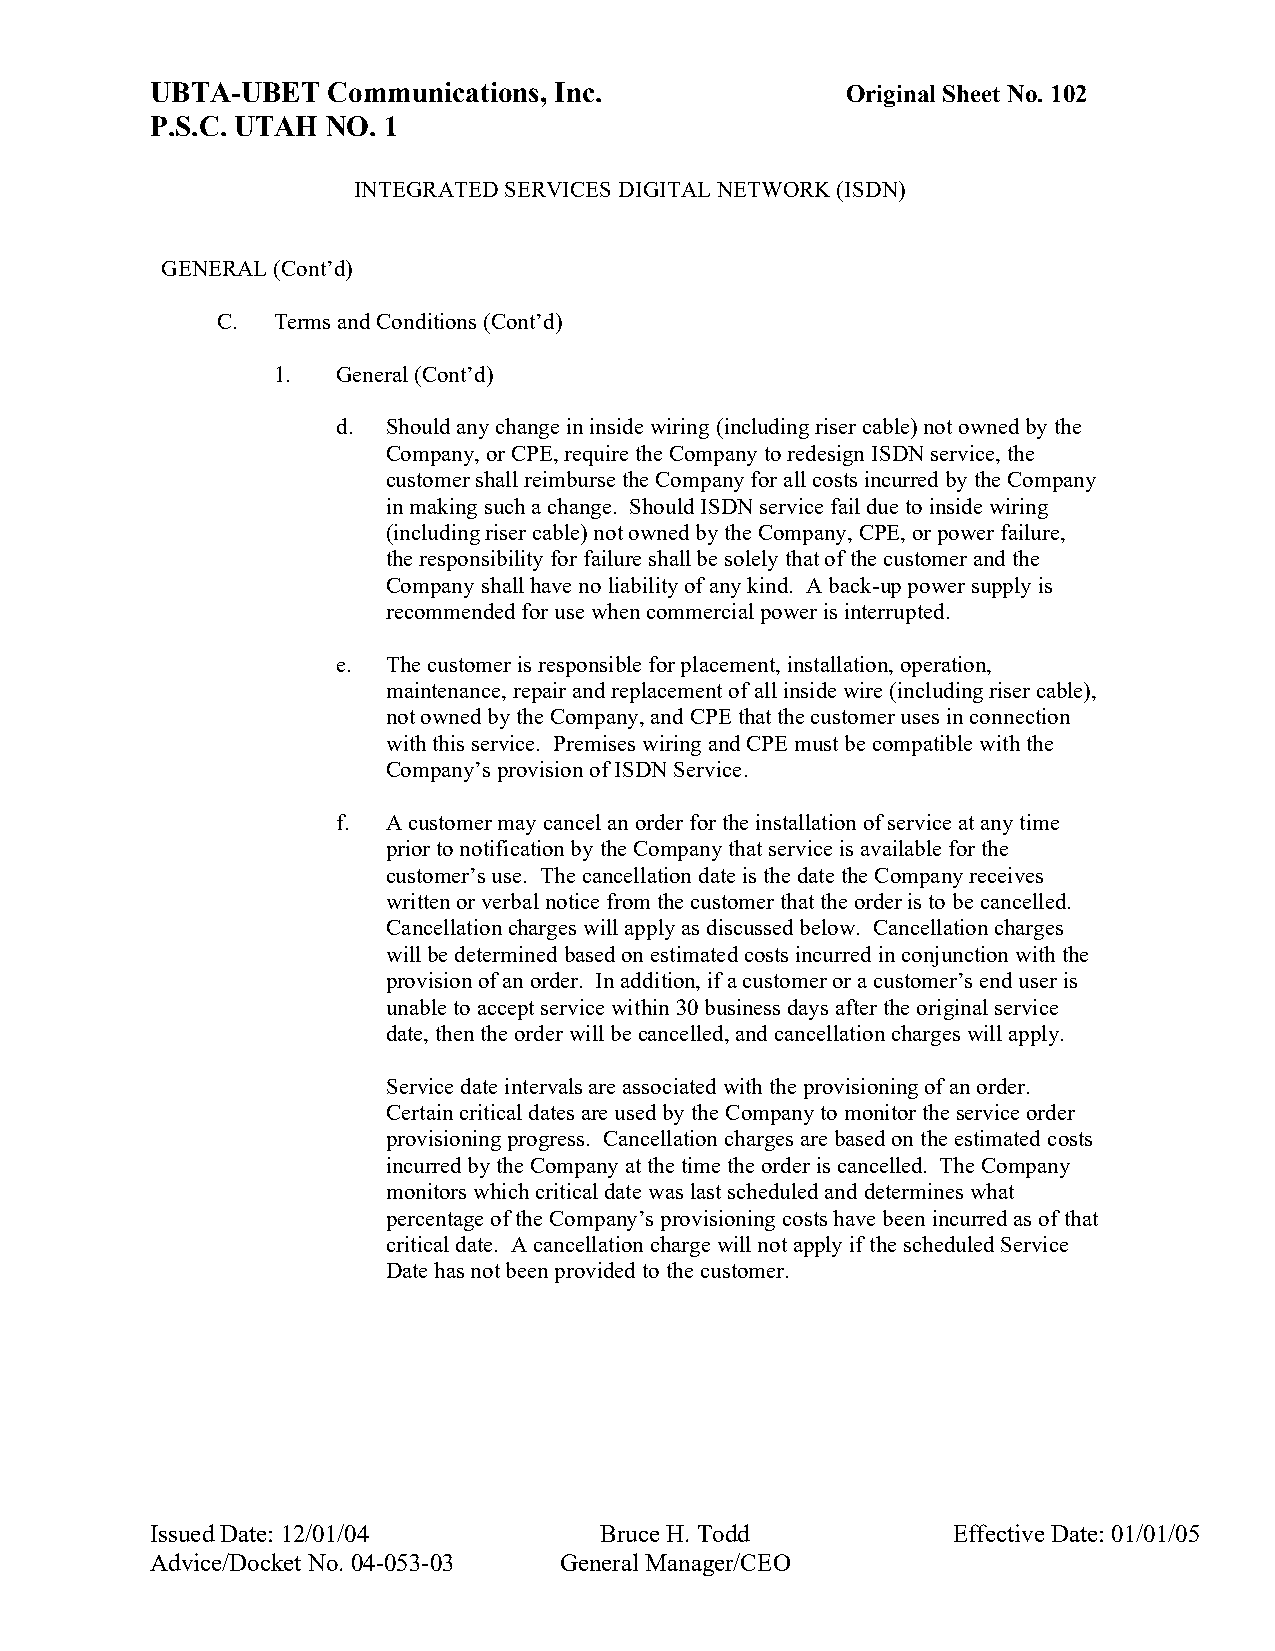
UBTA-UBET   Communications, Inc.              Original Sheet No. 102
 P.S.C. UTAH NO. 1
 INTEGRATED SERVICES DIGITAL NETWORK (ISDN)
 GENERAL (Cont’d)
 C.  Terms and Conditions (Cont’d)
 1.  General (Cont’d)
 d.  Should any change in inside wiring (including riser cable) not owned by the
 Company, or CPE, require the Company to redesign ISDN service, the
 customer shall reimburse the Company for all costs incurred by the Company
 in making such a change. Should ISDN service fail due to inside wiring
 (including riser cable) not owned by the Company, CPE, or power failure,
 the responsibility for failure shall be solely that of the customer and the
 Company shall have no liability of any kind. A back-up power supply is
 recommended for use when commercial power is interrupted.
 e.  The customer is responsible for placement, installation, operation,
 maintenance, repair and replacement of all inside wire (including riser cable),
 not owned by the Company, and CPE that the customer uses in connection
 with this service. Premises wiring and CPE must be compatible with the
 Company’s provision of ISDN Service.
 f.  A customer may cancel an order for the installation of service at any time
 prior to notification by the Company that service is available for the
 customer’s use. The cancellation date is the date the Company receives
 written or verbal notice from the customer that the order is to be cancelled.
 Cancellation charges will apply as discussed below. Cancellation charges
 will be determined based on estimated costs incurred in conjunction with the
 provision of an order. In addition, if a customer or a customer’s end user is
 unable to accept service within 30 business days after the original service
 date, then the order will be cancelled, and cancellation charges will apply.
 Service date intervals are associated with the provisioning of an order.
 Certain critical dates are used by the Company to monitor the service order
 provisioning progress. Cancellation charges are based on the estimated costs
 incurred by the Company at the time the order is cancelled. The Company
 monitors which critical date was last scheduled and determines what
 percentage of the Company’s provisioning costs have been incurred as of that
 critical date. A cancellation charge will not apply if the scheduled Service
 Date has not been provided to the customer.
 Issued Date: 12/01/04         Bruce H. Todd          Effective Date: 01/01/05
 Advice/Docket No. 04-053-03 General Manager/CEO